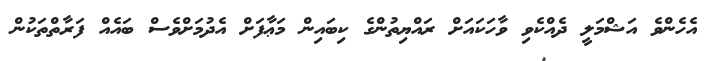
އެހެންވެ އަޝްމަލީ ދެއްކެވި ވާހަކައަށް ރައްޔިތުންގެ ކިބައިން މަޢާފަށް އެދުމަށްވެސް ބައެއް ފަރާތްތަކުން